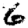
Digit: 6